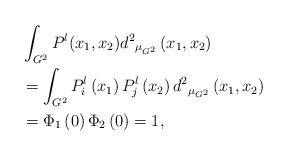
LaTeX: \begin{align*}&\int_{G^2}{P^l(x_1,x_2){d^2}_{{\mu }_{G^2}}\left(x_1,x_2\right)}\\&=\int_{G^2}{P^l_i\left(x_1\right)P^l_j\left(x_2\right){d^2}_{{\mu }_{G^2}}\left(x_1,x_2\right)}\\&={\Phi }_1\left(0\right){\Phi }_2\left(0\right)=1,\end{align*}